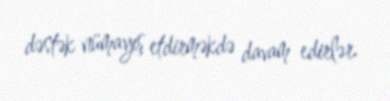
dəstək nümayış etdirməkdə davam edirlər.